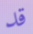
قد